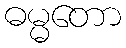
ဓမ္မတော